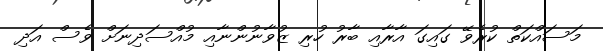
މަސައްކަތް ކުރެވޭ ގައިގަ އާރާއި ބާރު ހުރި ޒުވާނުންނާއި މުއްސަދިނަށް ވެސް އަދި